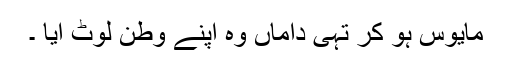
مایوس ہو کر تہی داماں وہ اپنے وطن لوٹ آیا ۔